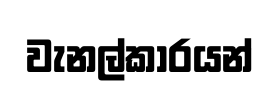
වැනල්කාරයන්